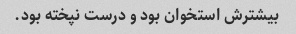
بیشترش استخوان بود و درست نپخته بود.